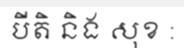
បីតិ និង សុខ :